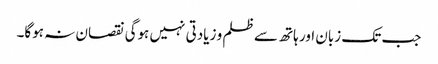
جب تک زبان اور ہاتھ سے ظلم و زیادتی نہیں ہوگی نقصان نہ ہوگا۔